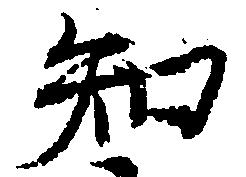
知